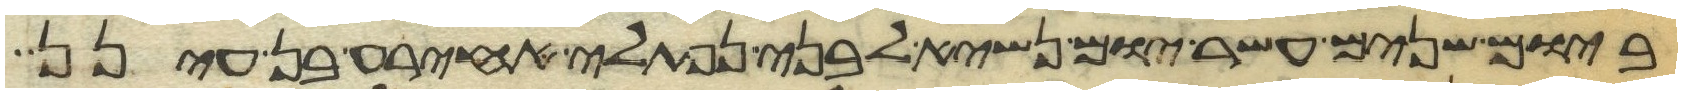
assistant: ביום שנים עשר יום נשיא לבני נפתלי אחירע בן עינן